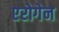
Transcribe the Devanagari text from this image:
एरोगेन